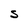
Character: S